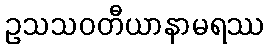
ဥသသဝတီယာနာမရဿ